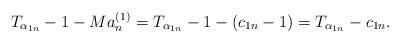
LaTeX: \begin{align*} T_{\alpha_{1n}}-1-Ma_n^{(1)}=T_{\alpha_{1n}}-1-(c_{1n}-1)=T_{\alpha_{1n}}-c_{1n}.\end{align*}